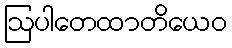
ဩပါတေထာတိယေဝ